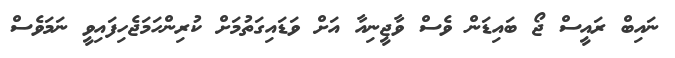
ނައިބް ރައީސް ޖޯ ބައިޑަން ވެސް ވާޖީނިއާ އަށް ވަޑައިގަތުމަށް ކުރިންހަމަޖެހިފައިވީ ނަމަވެސް